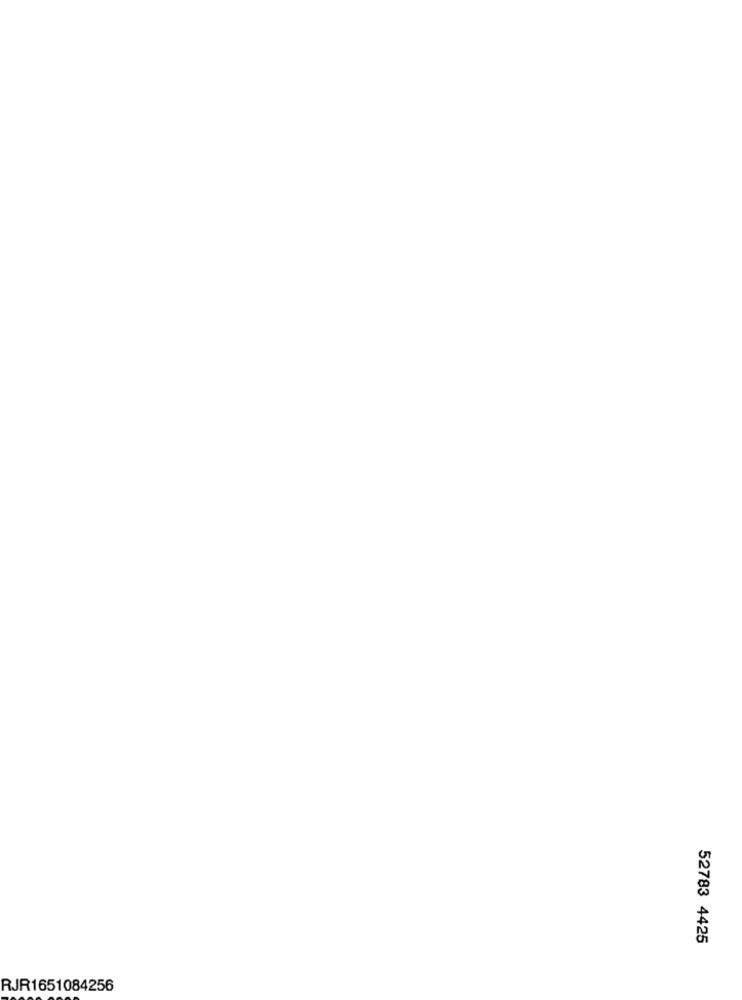
52783 4425
RJR1651084256